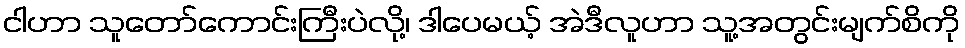
ငါဟာ သူတော်ကောင်းကြီးပဲလို့၊ ဒါပေမယ့် အဲဒီလူဟာ သူ့အတွင်းမျက်စိကို